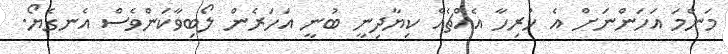
މަންމަ އަހަންނަށް އެ ހުރިހާ އެއްޗެއް ކިޔާދިނީ ބުނީ އަހަރެން ލޯބިވާކަންވެސް އެނގެޔޯ.